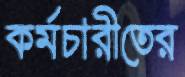
কর্মচারীতের